Annual report of the Punjab Veterinary College and of the Civil Veterinary Department, Punjab - 1894-1908
Year: 1894
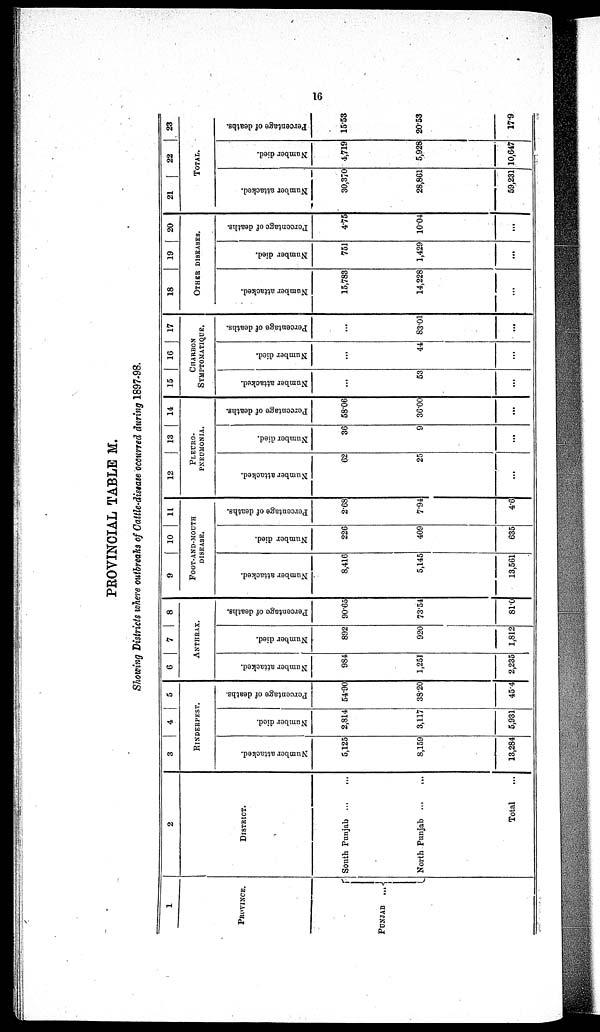
16
PROVINCIAL TABLE M.
Showing Districts where outbreaks of Cattle.disease occurred during 1897-98.
1
PROVINCE.
PUNJAB
...
2
DISTRICT.
South Punjab ...
...
North Punjab ...
...
Total
3
4
5
RINDERPEST.
Number attacked.
5,125
8,159
13,284
Number died.
2,814
3,117
5,931
Percentage of deaths.
54.90
38.20
45.4
6
7
8
ANTHRAX.
Number attacked.
984
1,251
2,235
Number died.
892
920
1,812
Percentage of deaths.
90.65
73.54
81.0
9
10
11
FOOT-AND-MOUTH
DISEASE.
Number attacked.
8,410
5,145
13,561
Number died.
226
409
635
Percentage of deaths.
2.68
7.94
4.6
12
13
14
PLEURO-
---------.
Number attacked.
62
25
...
Number died.
36
9
...
Percentage of deaths.
58.06
36.00
...
15
16
17
CHARBON
SYMPTOMATIQUE.
Number attacked.
...
53
...
Number died.
...
44
...
Percentage of deaths.
...
83.01
18
19
20
OTHER DISEASES.
Number attacked.
15,783
14,228
...
Number died.
751
1,429
...
Percentage of deaths.
4.75
10.04
...
21
22
23
TOTAL.
Number attacked.
30,370
28,861
59,231
Number died.
4,719
5,928
10,647
Percentage of deaths.
15.53
20.53
17.9